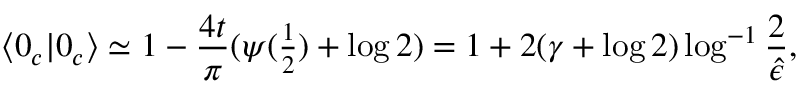
\langle 0 _ { c } | 0 _ { c } \rangle \simeq 1 - { \frac { 4 t } { \pi } } ( \psi ( { \textstyle { \frac { 1 } { 2 } } } ) + \log 2 ) = 1 + 2 ( \gamma + \log 2 ) \log ^ { - 1 } { \frac { 2 } { \hat { \epsilon } } } ,